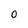
Character: 0